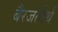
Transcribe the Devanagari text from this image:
बैरजतीर्थ